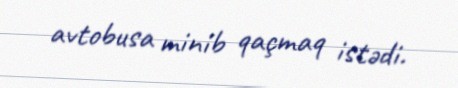
avtobusa minib qaçmaq istədi.